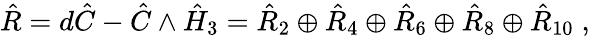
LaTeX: \hat{R}=d\hat{C}-\hat{C}\wedge\hat{H}_{3}=\hat{R}_{2}\oplus\hat{R}_{4}\oplus\hat{R}_{6}\oplus\hat{R}_{8}\oplus\hat{R}_{10}\; ,